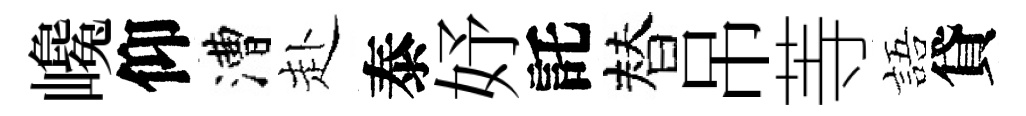
巉仰漕赴泰妤託替吊䓁語貸